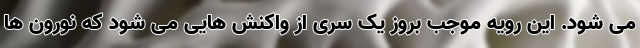
می شود. این رویه موجب بروز یک سری از واکنش هایی می شود که نورون ها